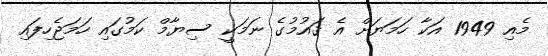
މެއި 1949 އަކާ ހަމަޔަށް އެ ޤައުމުގެ ނަމަކީ ސިޔާމް ކަމުގައި ހަމަޖެހިފައި